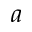
a